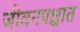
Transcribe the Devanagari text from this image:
जीवनपश्चात